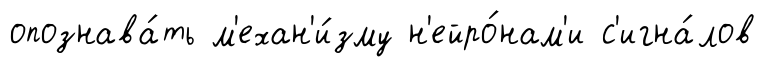
опознава́ть м'ехан'и́зму н'ейро́нам'и с'игна́лов